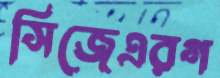
সিজেএরগ